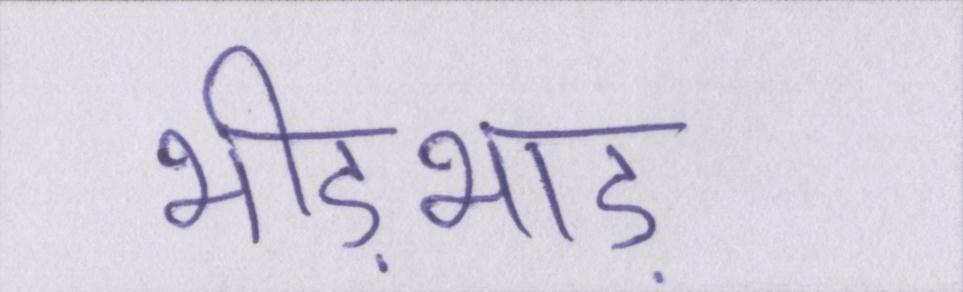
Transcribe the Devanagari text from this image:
भीड़भाड़